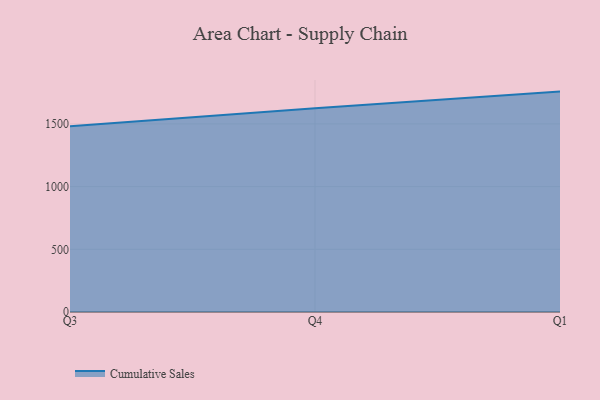
{"axis": {"x": "Quarter", "y": "Budget (USD K)"}, "legend": ["Cumulative Sales"], "data": [{"x": "Q3", "y": 1482.2, "type": "Cumulative Sales"}, {"x": "Q4", "y": 1624.9, "type": "Cumulative Sales"}, {"x": "Q1", "y": 1757.6, "type": "Cumulative Sales"}]}